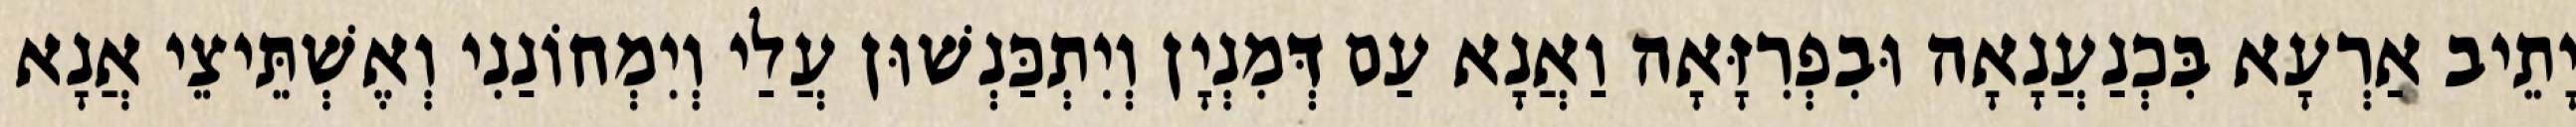
יָתֵיב אַרְעָא בִּכְנַעֲנָאָה וּבִפְרִזָּאָה וַאֲנָא עַם דְּמִנְיָן וְיִתְכַּנְשׁוּן עֲלַי וְיִמְחוֹנַנִי וְאֶשְׁתֵּיצֵי אֲנָא